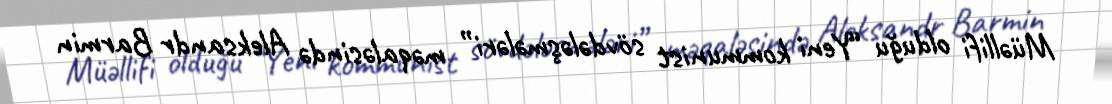
Müəllifi olduğu “Yeni kommunist sövdələşmələri” məqaləsində Aleksandr Barmin